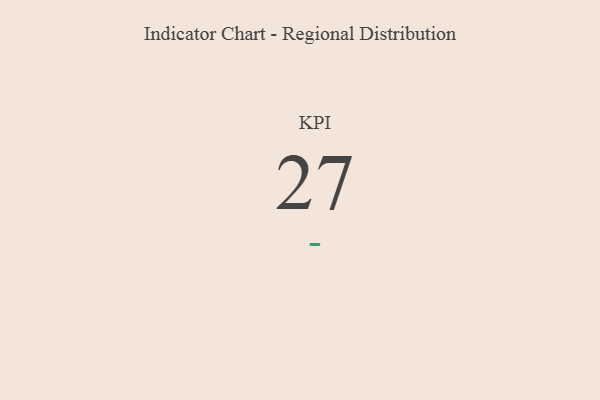
{"axis": {"x": "KPI", "y": "Value"}, "legend": [""], "data": [{"x": "KPI", "y": 27, "type": ""}]}